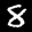
Label: 8